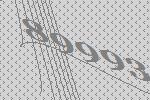
89993